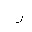
Letter: _ra